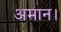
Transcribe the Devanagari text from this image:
अमान।